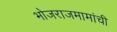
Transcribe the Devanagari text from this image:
भोजराजमामांची